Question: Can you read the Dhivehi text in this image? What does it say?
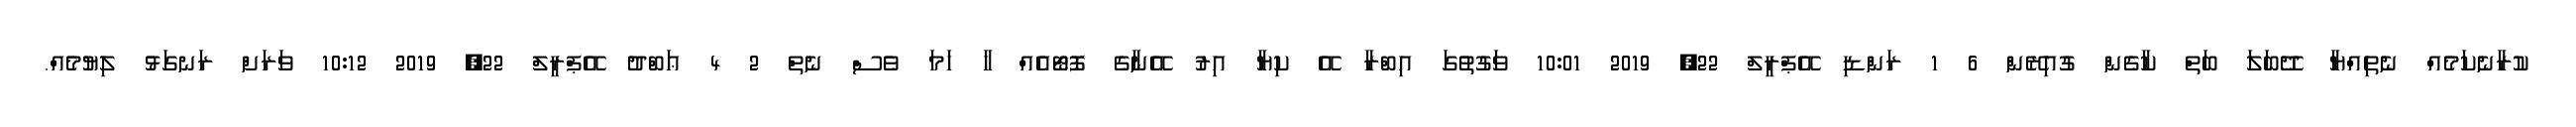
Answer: ކުރާނެކަމެއް ނެތިއްޔާ ދޭބަލަ ބަތް ކާގެން ގުއިރޭން 6 1 ރަންޑި އޭޕްރީލް 22, 2019 10:01 ވަގުތުގަ އިބްރާ އޭ ކިޔާ އިރު އޭނާގެ ފޮޓޯއެއް ހާ ހަމަ ވެސް ނެތް 2 4 ޢަބްދު އޭޕްރީލް 22, 2019 10:12 ވަރަށް ރަނގަޅު ލިޔުމެއް.